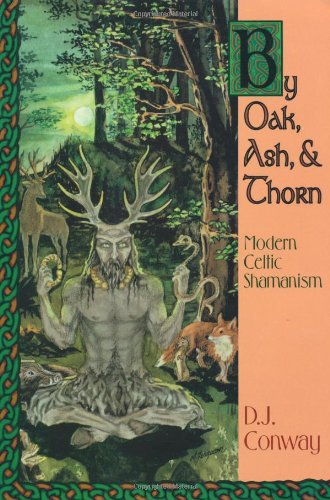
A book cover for By Oak, Ash, & Thorn: Modern Celtic Shamanism (Llewellyn's Celtic Wisdom); D.J. Conway; Religion & Spirituality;